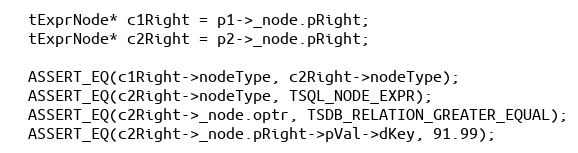
Language: C++
  tExprNode* c1Right = p1->_node.pRight;
  tExprNode* c2Right = p2->_node.pRight;

  ASSERT_EQ(c1Right->nodeType, c2Right->nodeType);
  ASSERT_EQ(c2Right->nodeType, TSQL_NODE_EXPR);
  ASSERT_EQ(c2Right->_node.optr, TSDB_RELATION_GREATER_EQUAL);
  ASSERT_EQ(c2Right->_node.pRight->pVal->dKey, 91.99);